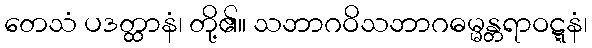
တေသံ ပဒတ္ထာနံ၊ တို့၏။ သဘာဂဝိသဘာဂဓမ္မန္တရာဝဋ္ဋနံ၊